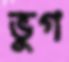
ভুগ